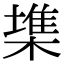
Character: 𣙇